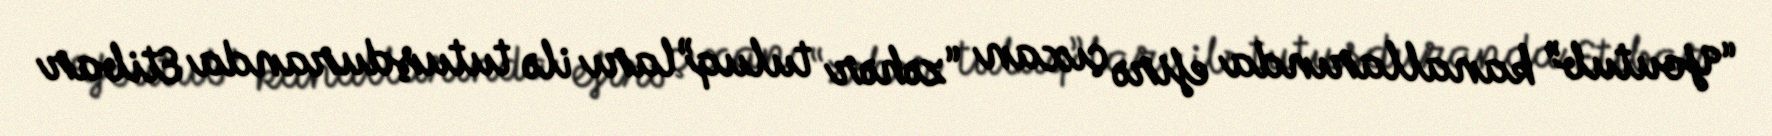
“Youtub” kanallarında efirə çıxan “zəhər tuluq”ları ilə tutuşduranda Etibar